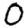
Digit: 0